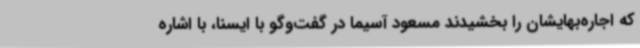
که اجاره‌بهایشان را بخشیدند مسعود آسیما در گفت‌وگو با ایسنا، با اشاره